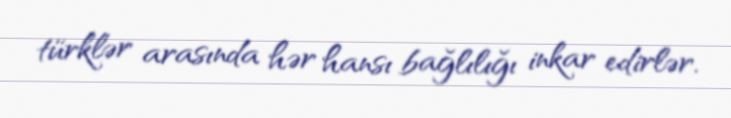
türklər arasında hər hansı bağlılığı inkar edirlər.